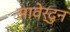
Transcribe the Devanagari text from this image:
सावेर्दुन